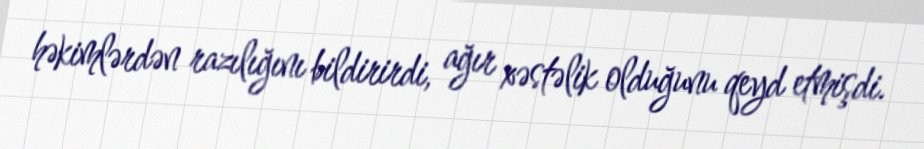
həkimlərdən razılığını bildirirdi, ağır xəstəlik olduğunu qeyd etmişdi.